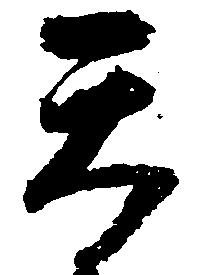
天